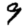
Digit: 9